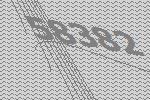
58382